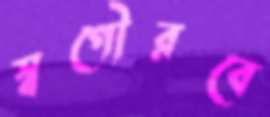
স্বগৌরবে